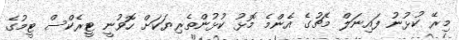
މިރޭ ކުޅުނު ފައިިނަލް މެޗުގެ އެންމެ މޮޅު ކުޅުންތެރިޔަކަށް ހޮވުނީ ޓީރެކްސް ޓީމުގެ